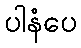
ပါနံပေ